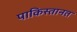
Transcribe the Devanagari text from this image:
पाकिस्तानत